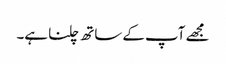
مجھے آپ کے ساتھ چلنا ہے۔